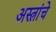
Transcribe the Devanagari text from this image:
अस्त्रांचे